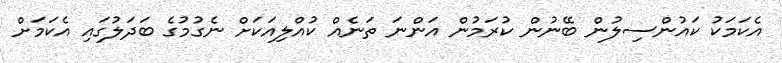
އެކަމަކު ކައުންސިލުން ބޭނުން ކުރަމުން އަންނަ ތަނެއް ކުއްލިއަކަށް ނެގުމުގެ ބަދަލުގައި އެކަމަށް